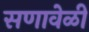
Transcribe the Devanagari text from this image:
सणावेळी